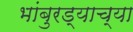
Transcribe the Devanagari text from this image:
भांबुरड्याच्‍या